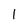
Character: 1